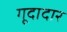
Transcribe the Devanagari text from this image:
गूदादार